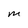
Character: M